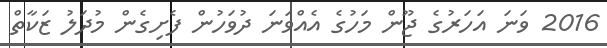
2016 ވަނަ އަހަރުގެ ޖޫން މަހުގެ އެއްވަނަ ދުވަހުން ފެށިގެން މުދަލު ޒަކާތް